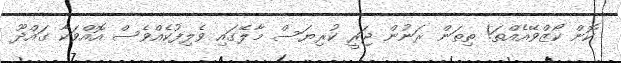
ކޮން ކޯޒްވޭއެއްތަ! ތިތަން ރަނުން ޖަރީ ކުރިޔަސް މާލޭގައި ވެލިފުކެއްވެސް އޮއްވަކާ ގައްދޫ